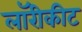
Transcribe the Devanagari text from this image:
लॉरीकीट